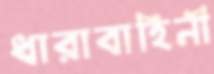
ধারাবাহিনী